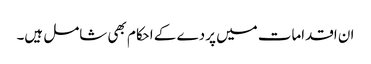
ان اقدامات میں پردے کے احکام بھی شامل ہیں۔